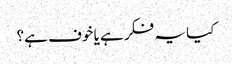
کیا یہ فکر ہے یا خوف ہے؟